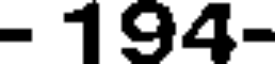
- 194-